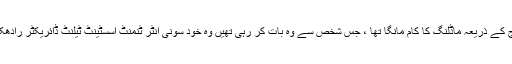
دراصل نوئیڈا کی رہنے والی سید سلمان حیدر نے فیس بک پیج پر ان باکس میسج کے ذریعہ ماڈلنگ کا کام مانگا تھا ، جس شخص سے وہ بات کر رہی تھیں وہ خود سونی انٹر ٹنمنٹ اسسٹینٹ ٹیلنٹ ڈائریکٹر رادھکا سینی تھیں، جنہوں نے جواب میں کہا کہ ہم مسلموں کو کاسٹ نہیں کرتے ہیں۔